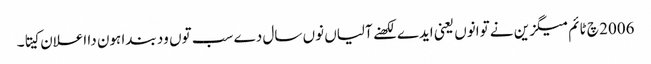
2006 چ ٹائم میگزین نے توانوں یعنی ایدے لکھنے آلیاں نوں سال دے سب توں ود بندا ہون دا اعلان کیتا۔